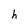
Character: h